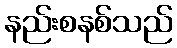
နည်းစနစ်သည်